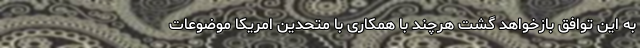
به این توافق بازخواهد گشت هرچند با همکاری با متحدین امریکا موضوعات